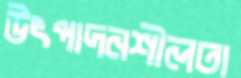
উৎপাদনশীলতা